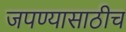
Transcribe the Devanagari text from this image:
जपण्यासाठीच